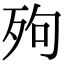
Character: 𣧬